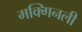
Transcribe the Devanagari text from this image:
मक्गिनली